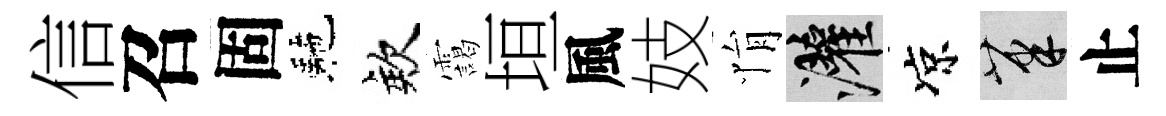
信召固駰欸靄垣風妓悁灌凉筆止